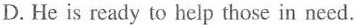
D.He is reudy to help those in need.